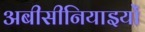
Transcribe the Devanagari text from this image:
अबीसीनियाइयों